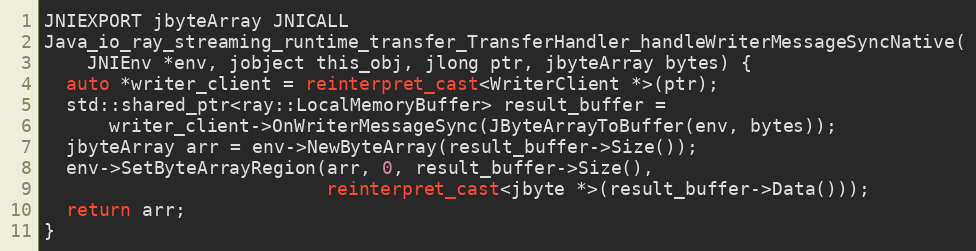
Language: C++
JNIEXPORT jbyteArray JNICALL
Java_io_ray_streaming_runtime_transfer_TransferHandler_handleWriterMessageSyncNative(
    JNIEnv *env, jobject this_obj, jlong ptr, jbyteArray bytes) {
  auto *writer_client = reinterpret_cast<WriterClient *>(ptr);
  std::shared_ptr<ray::LocalMemoryBuffer> result_buffer =
      writer_client->OnWriterMessageSync(JByteArrayToBuffer(env, bytes));
  jbyteArray arr = env->NewByteArray(result_buffer->Size());
  env->SetByteArrayRegion(arr, 0, result_buffer->Size(),
                          reinterpret_cast<jbyte *>(result_buffer->Data()));
  return arr;
}